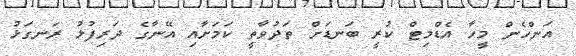
އަންހެން މީހާ އެޑްމިޓް ކުރީ ބަނޑަށް ތަދުވާތީ ކަމަށާއި އޭނާގެ ދަރިފުޅު ރަނގަޅު